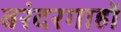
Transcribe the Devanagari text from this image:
बरंदरगाहों